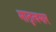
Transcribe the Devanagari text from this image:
मातृत्वभार